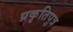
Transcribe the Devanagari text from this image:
प्रकृतिपुत्र